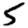
Digit: 5